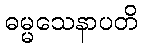
ဓမ္မသေနာပတိ